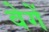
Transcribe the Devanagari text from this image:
वेगें